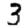
Digit: 3